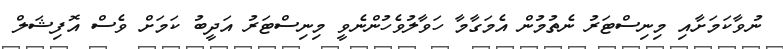
ނުވާކަމަށާއި މިނިސްޓަރު ނެތުމުން އެމަގާމާ ހަވާލުވެހުންނެވީ މިނިސްޓަރު އަދީބު ކަމަށް ވެސް އޮފިޝަލް